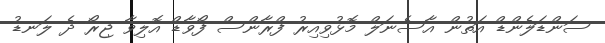
ސަންޑަލެންޑް އަތުން އާސެނަލް މޮޅުވިއިރު ފްރާންސް ފޯވާޑް އޮލިވާ ޖިރޯ ދެ ލަނޑު